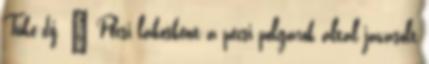
Tüke-díj. — Pécsi lakosként a pécsi polgárok által javasolt